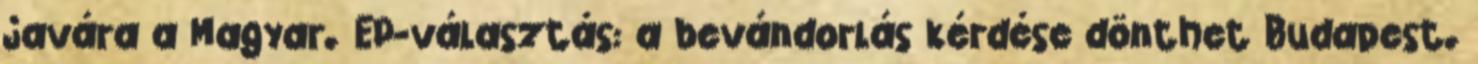
javára a Magyar. EP-választás: a bevándorlás kérdése dönthet Budapest.